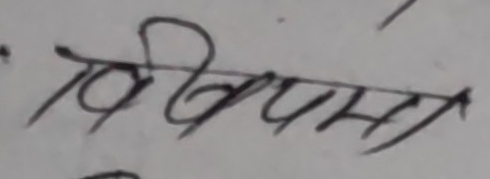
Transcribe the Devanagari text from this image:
विकल्पना